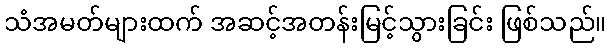
သံအမတ်များထက် အဆင့်အတန်းမြင့်သွားခြင်း ဖြစ်သည်။